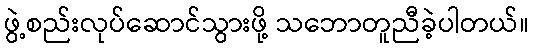
ဖွဲ့စည်းလုပ်ဆောင်သွားဖို့ သဘောတူညီခဲ့ပါတယ်။